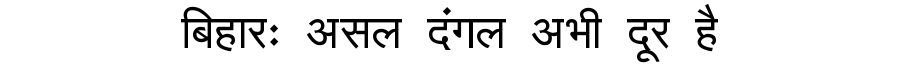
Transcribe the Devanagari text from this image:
बिहारः असल दंगल अभी दूर है